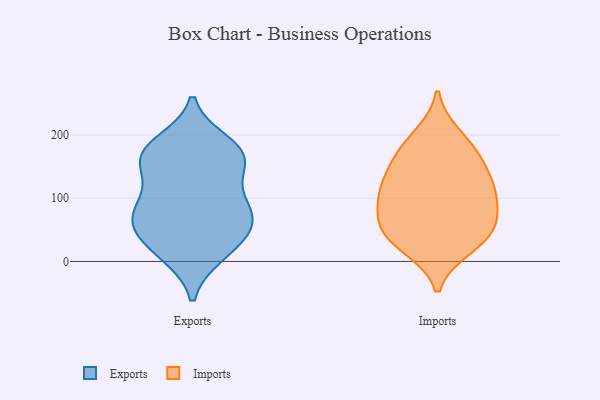
{"axis": {"x": "Shipments", "y": "Value"}, "legend": ["Exports", "Imports"], "data": [{"x": "", "y": 12, "type": "Exports"}, {"x": "", "y": 71, "type": "Exports"}, {"x": "", "y": 166, "type": "Exports"}, {"x": "", "y": 95, "type": "Exports"}, {"x": "", "y": 159, "type": "Exports"}, {"x": "", "y": 186, "type": "Exports"}, {"x": "", "y": 113, "type": "Exports"}, {"x": "", "y": 174, "type": "Exports"}, {"x": "", "y": 53, "type": "Exports"}, {"x": "", "y": 72, "type": "Exports"}, {"x": "", "y": 32, "type": "Exports"}, {"x": "", "y": 157, "type": "Exports"}, {"x": "", "y": 57, "type": "Exports"}, {"x": "", "y": 14, "type": "Exports"}, {"x": "", "y": 80, "type": "Exports"}, {"x": "", "y": 170, "type": "Exports"}, {"x": "", "y": 169, "type": "Imports"}, {"x": "", "y": 24, "type": "Imports"}, {"x": "", "y": 122, "type": "Imports"}, {"x": "", "y": 37, "type": "Imports"}, {"x": "", "y": 75, "type": "Imports"}, {"x": "", "y": 47, "type": "Imports"}, {"x": "", "y": 135, "type": "Imports"}, {"x": "", "y": 101, "type": "Imports"}, {"x": "", "y": 197, "type": "Imports"}, {"x": "", "y": 82, "type": "Imports"}, {"x": "", "y": 43, "type": "Imports"}, {"x": "", "y": 173, "type": "Imports"}, {"x": "", "y": 117, "type": "Imports"}]}